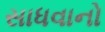
સાધવાનો